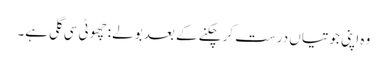
وہ اپنی جوتیاں درست کر چکنے کے بعد بولے :چھوٹی سی گلی ہے۔